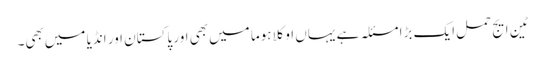
ٹین ایج حمل ایک بڑا مسئلہ ہے یہاں‌ اوکلاہوما میں‌بھی اور پاکستان اور انڈیا میں‌بھی۔